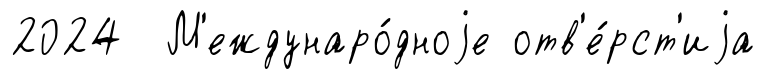
2024 М'еждунаро́дноjе отв'е́рст'иjа